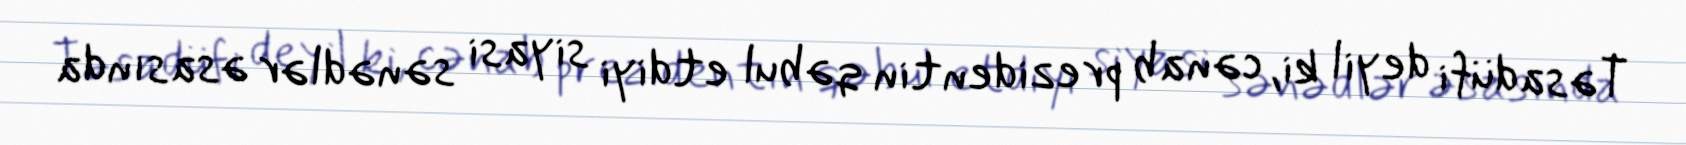
Təsadüfi deyil ki, cənab prezidentin qəbul etdiyi siyasi sənədlər əsasında